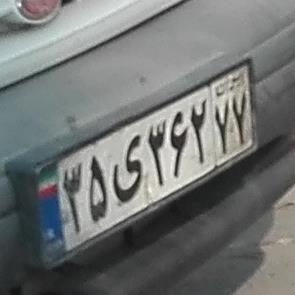
۳۵ی۳۶۲۷۷